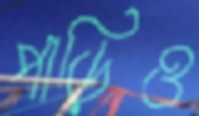
পাড়িও